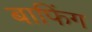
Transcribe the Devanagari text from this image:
बाफिंग